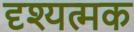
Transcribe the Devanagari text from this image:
दृश्यत्मक